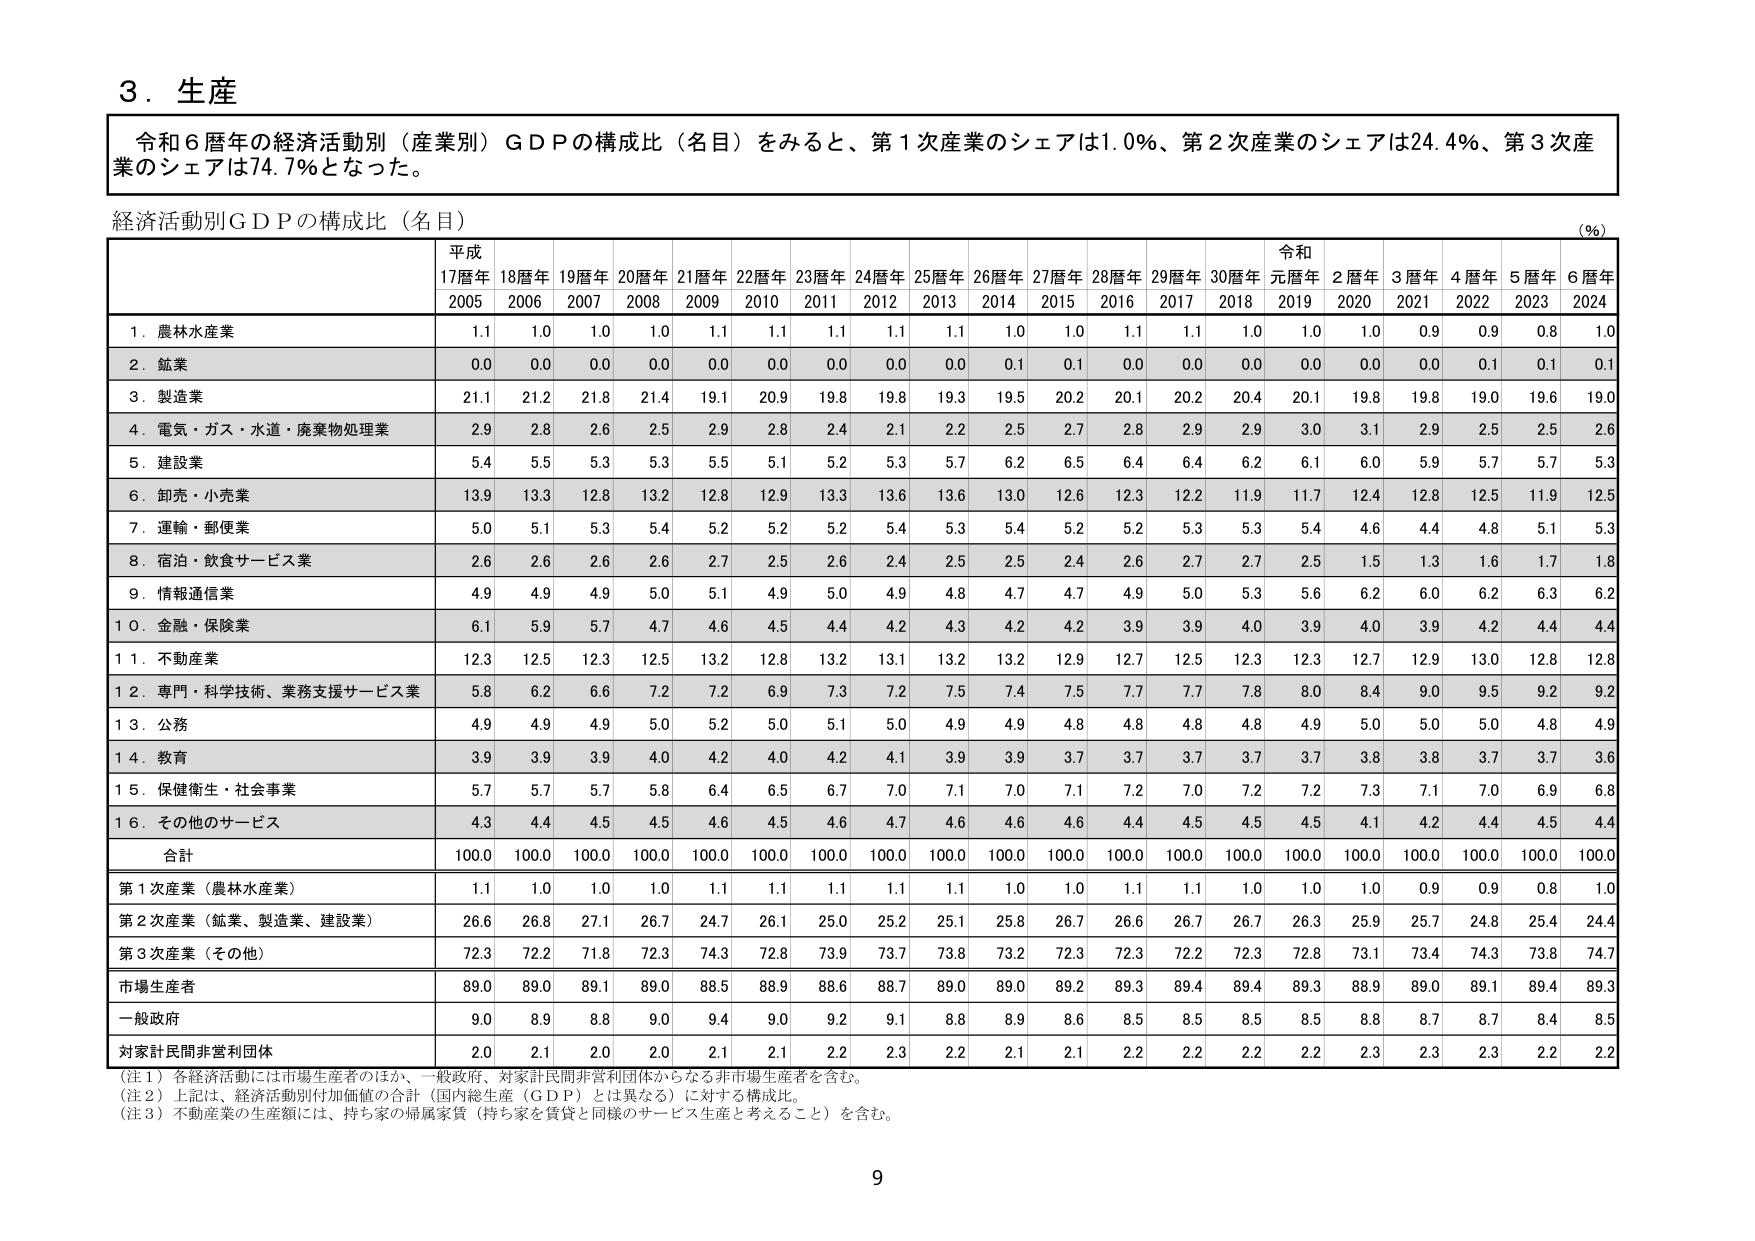
3. 生産

令和6暦年の経済活動別（産業別）GDPの構成比（名目）をみると、第1次産業のシェアは1.0%、第2次産業のシェアは24.4%、第3次産業のシェアは74.7%となった。

経済活動別GDPの構成比（名目）

（%）

平成 令和
17暦年 18暦年 19暦年 20暦年 21暦年 22暦年 23暦年 24暦年 25暦年 26暦年 27暦年 28暦年 29暦年 30暦年 元暦年 2暦年 3暦年 4暦年 5暦年 6暦年
2005 2006 2007 2008 2009 2010 2011 2012 2013 2014 2015 2016 2017 2018 2019 2020 2021 2022 2023 2024

1. 農林水産業 1.1 1.0 1.0 1.0 1.1 1.1 1.1 1.1 1.1 1.0 1.0 1.1 1.1 1.0 1.0 1.0 0.9 0.9 0.8 1.0
2. 鉱業 0.0 0.0 0.0 0.0 0.0 0.0 0.0 0.0 0.0 0.1 0.1 0.0 0.0 0.0 0.0 0.0 0.0 0.1 0.1 0.1
3. 製造業 21.1 21.2 21.8 21.4 19.1 20.9 19.8 19.8 19.3 19.5 20.2 20.1 20.2 20.4 20.1 19.8 19.8 19.0 19.6 19.0
4. 電気・ガス・水道・廃棄物処理業 2.9 2.8 2.6 2.5 2.9 2.8 2.4 2.1 2.2 2.5 2.7 2.8 2.9 2.9 3.0 3.1 2.9 2.5 2.5 2.6
5. 建設業 5.4 5.5 5.3 5.3 5.5 5.1 5.2 5.3 5.7 6.2 6.5 6.4 6.4 6.2 6.1 6.0 5.9 5.7 5.7 5.3
6. 卸売・小売業 13.9 13.3 12.8 13.2 12.8 12.9 13.3 13.6 13.6 13.0 12.6 12.3 12.2 11.9 11.7 12.4 12.8 12.5 11.9 12.5
7. 運輸・郵便業 5.0 5.1 5.3 5.4 5.2 5.2 5.2 5.4 5.3 5.4 5.2 5.2 5.3 5.3 5.4 4.6 4.4 4.8 5.1 5.3
8. 宿泊・飲食サービス業 2.6 2.6 2.6 2.6 2.7 2.5 2.6 2.4 2.5 2.5 2.4 2.6 2.7 2.7 2.5 1.5 1.3 1.6 1.7 1.8
9. 情報通信業 4.9 4.9 4.9 5.0 5.1 4.9 5.0 4.9 4.8 4.7 4.7 4.9 5.0 5.3 5.6 6.2 6.0 6.2 6.3 6.2
10. 金融・保険業 6.1 5.9 5.7 4.7 4.6 4.5 4.4 4.2 4.3 4.2 4.2 3.9 3.9 4.0 3.9 4.0 3.9 4.2 4.4 4.4
11. 不動産業 12.3 12.5 12.3 12.5 13.2 12.8 13.2 13.1 13.2 13.2 12.9 12.7 12.5 12.3 12.3 12.7 12.9 13.0 12.8 12.8
12. 専門・科学技術、業務支援サービス業 5.8 6.2 6.6 7.2 7.2 6.9 7.3 7.2 7.5 7.4 7.5 7.7 7.7 7.8 8.0 8.4 9.0 9.5 9.2 9.2
13. 公務 4.9 4.9 4.9 5.0 5.2 5.0 5.1 5.0 4.9 4.9 4.8 4.8 4.8 4.8 4.9 5.0 5.0 5.0 4.8 4.9
14. 教育 3.9 3.9 3.9 4.0 4.2 4.0 4.2 4.1 3.9 3.9 3.7 3.7 3.7 3.7 3.7 3.8 3.8 3.7 3.7 3.6
15. 保健衛生・社会事業 5.7 5.7 5.7 5.8 6.4 6.5 6.7 7.0 7.1 7.0 7.1 7.2 7.0 7.2 7.2 7.3 7.1 7.0 6.9 6.8
16. その他のサービス 4.3 4.4 4.5 4.5 4.6 4.5 4.6 4.7 4.6 4.6 4.6 4.4 4.5 4.5 4.5 4.1 4.2 4.4 4.5 4.4

合計 100.0 100.0 100.0 100.0 100.0 100.0 100.0 100.0 100.0 100.0 100.0 100.0 100.0 100.0 100.0 100.0 100.0 100.0 100.0 100.0

第1次産業（農林水産業） 1.1 1.0 1.0 1.0 1.1 1.1 1.1 1.1 1.1 1.0 1.0 1.1 1.1 1.0 1.0 1.0 0.9 0.9 0.8 1.0
第2次産業（鉱業、製造業、建設業） 26.6 26.8 27.1 26.7 24.7 26.1 25.0 25.2 25.1 25.8 26.7 26.6 26.7 26.7 26.3 25.9 25.7 24.8 25.4 24.4
第3次産業（その他） 72.3 72.2 71.8 72.3 74.3 72.8 73.9 73.7 73.8 73.2 72.3 72.3 72.2 72.3 72.8 73.1 73.4 74.3 73.8 74.7
市場生産者 89.0 89.0 89.1 89.0 88.5 88.9 88.6 88.7 89.0 89.0 89.2 89.3 89.4 89.4 89.3 88.9 89.0 89.1 89.4 89.3
一般政府 9.0 8.9 8.8 9.0 9.4 9.0 9.2 9.1 8.8 8.9 8.6 8.5 8.5 8.5 8.5 8.8 8.7 8.7 8.4 8.5
対家計民間非営利団体 2.0 2.1 2.0 2.0 2.1 2.1 2.2 2.3 2.2 2.1 2.1 2.2 2.2 2.2 2.2 2.3 2.3 2.3 2.2 2.2

（注1）各経済活動には市場生産者のほか、一般政府、対家計民間非営利団体からなる非市場生産者を含む。
（注2）上記は、経済活動別付加価値の合計（国内総生産（GDP）とは異なる）に対する構成比。
（注3）不動産業の生産額には、持ち家の帰属家賃（持ち家を賃貸と同様のサービス生産と考えること）を含む。

9